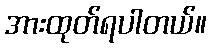
အားထုတ်ရပါတယ်။